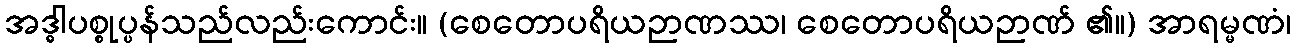
အဒ္ဓါပစ္စုပ္ပန်သည်လည်းကောင်း။ (စေတောပရိယဉာဏဿ၊ စေတောပရိယဉာဏ် ၏။) အာရမ္မဏံ၊